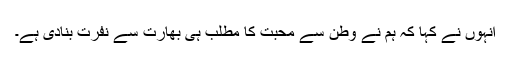
انہوں نے کہا کہ ہم نے وطن سے محبت کا مطلب ہی بھارت سے نفرت بنادی ہے۔